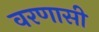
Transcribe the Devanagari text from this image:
वरणासी